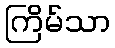
ကြိမ်သာ